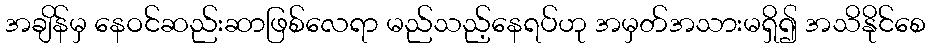
အချိန်မှ နေဝင်ဆည်းဆာဖြစ်လေရာ မည်သည့်နေရပ်ဟု အမှတ်အသားမရှိ၍ အသိနိုင်စေ